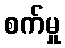
စက်မှု